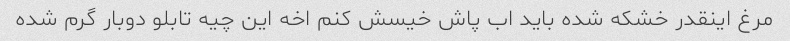
مرغ اینقدر خشکه شده باید اب پاش خیسش کنم اخه این چیه تابلو دوبار گرم شده